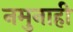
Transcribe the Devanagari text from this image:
नमुनाही